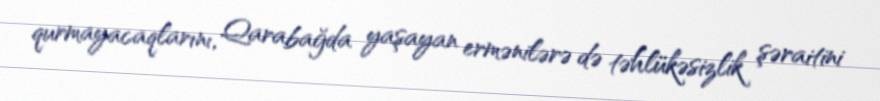
qurmayacaqlarını, Qarabağda yaşayan ermənilərə də təhlükəsizlik şəraitini